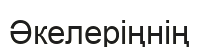
Әкелеріңнің